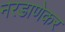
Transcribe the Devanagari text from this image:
नरडाणेकर